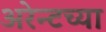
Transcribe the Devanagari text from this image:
अरेन्टच्या